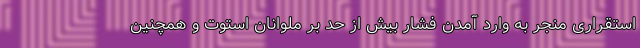
استقراری منجر به وارد آمدن فشار بیش از حد بر ملوانان استوت و همچنین